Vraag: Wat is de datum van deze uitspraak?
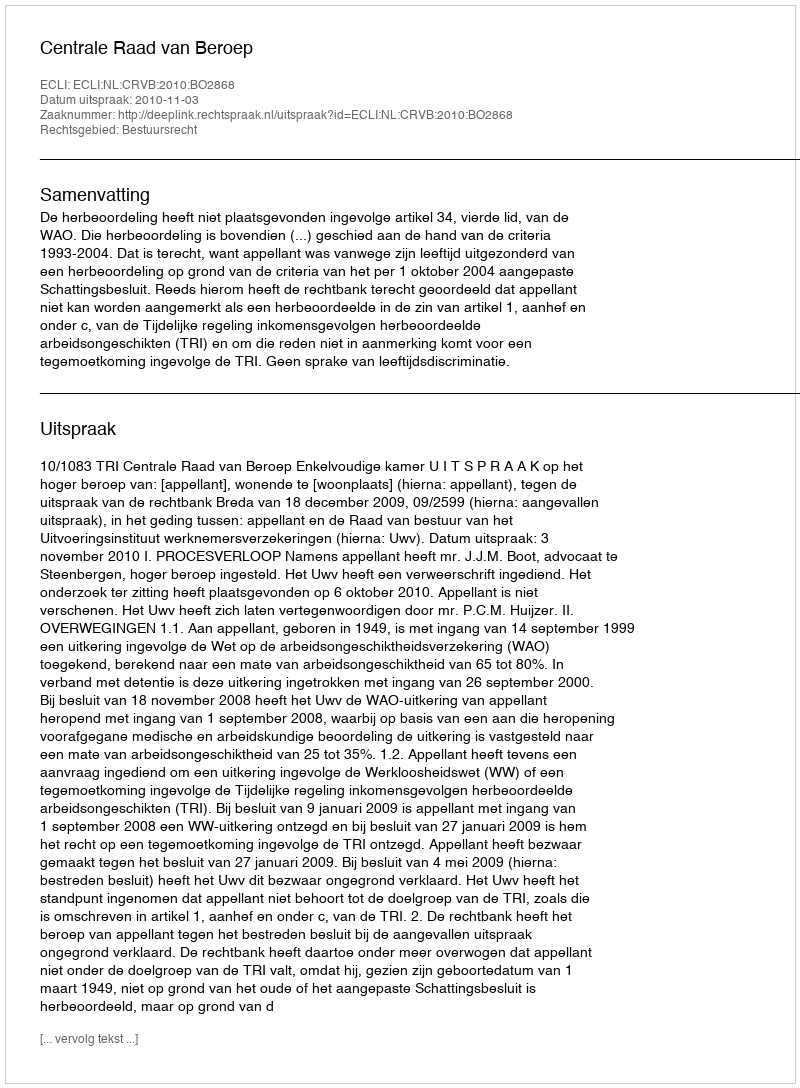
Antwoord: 2010-11-03